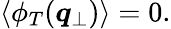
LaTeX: \langle\phi_{T}({\boldsymbol{q}}_{\perp})\rangle=0.